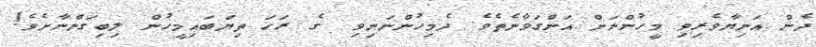
ދެން އަނިޔާވެރިވި މީހުންނަށް އަންގަވާނެތެވެ. ދެމިހުންނަނިވި  ގެ ރަހަ ތިޔަބައިމީހުން ލިބިގަންނާށެވެ!